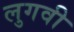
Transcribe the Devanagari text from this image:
लुगवी